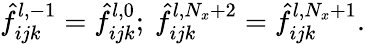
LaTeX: \hat{f}_{ijk}^{l,-1}=\hat{f}_{ijk}^{l,0};\: \hat{f}_{ijk}^{l,N_{x}+2}=\hat{f}_{ijk}^{l,N_{x}+1}.